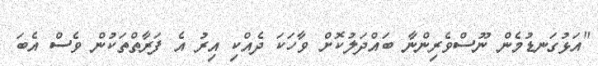
"އަޅުގަނޑުމެން ނޫސްވެރިންނާ ބައްދަލުކޮށް ވާހަކަ ދެއްކި އިރު އެ ފަރާތްތަކުން ވެސް އެބަ